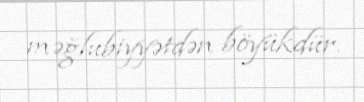
məğlubiyyətdən böyükdür.